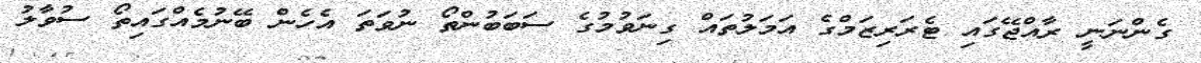
ގެންނަނީ ރާއްޖޭގައި ޓެރަރިޒަމްގެ އަމަލުތައް ގިނަވުމުގެ ސަބަބުންތޯ ނުވަތަ އެހެން ބޭނުމެއްގައިތޯ ސުވާލު